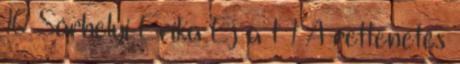
10 Sárhelyi Erika Éj a t 1 A rettenetes